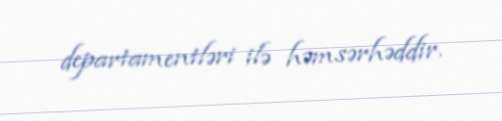
departamentləri ilə həmsərhəddir.